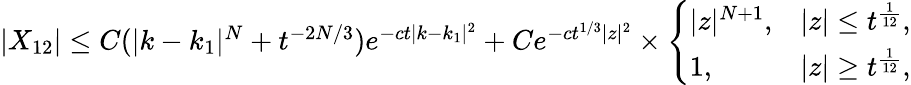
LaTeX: \begin{array}{r}{|X_{12}|\leq C(|k-k_{1}|^{N}+t^{-2N/3})e^{-ct|k-k_{1}|^{2}}+Ce^{-ct^{1/3}|z|^{2}}\times\left\{ \begin{array}{ll}{|z|^{N+1},}&{|z|\leq t^{\frac{1}{12}},}\\ {1,}&{|z|\geq t^{\frac{1}{12}},}\end{array}\right.}\end{array}